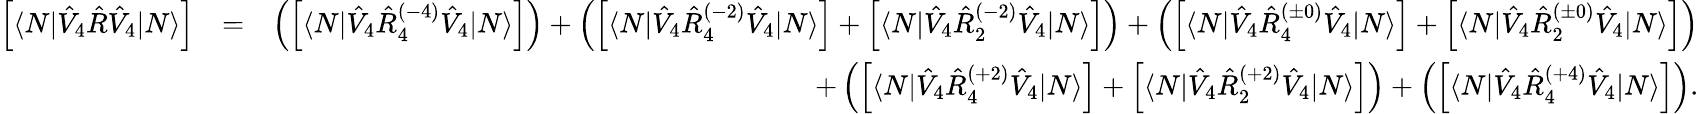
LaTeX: \begin{array}{rlr}{\left[\langle N|\hat{V}_{4}\hat{R}\hat{V}_{4}|N\rangle\right]}&{=}&{\left(\left[\langle N|\hat{V}_{4}\hat{R}_{4}^{(-4)}\hat{V}_{4}|N\rangle\right]\right)+\left(\left[\langle N|\hat{V}_{4}\hat{R}_{4}^{(-2)}\hat{V}_{4}|N\rangle\right]+\left[\langle N|\hat{V}_{4}\hat{R}_{2}^{(-2)}\hat{V}_{4}|N\rangle\right]\right)+\left(\left[\langle N|\hat{V}_{4}\hat{R}_{4}^{(\pm 0)}\hat{V}_{4}|N\rangle\right]+\left[\langle N|\hat{V}_{4}\hat{R}_{2}^{(\pm 0)}\hat{V}_{4}|N\rangle\right]\right)}\\ &{}&{+\left(\left[\langle N|\hat{V}_{4}\hat{R}_{4}^{(+2)}\hat{V}_{4}|N\rangle\right]+\left[\langle N|\hat{V}_{4}\hat{R}_{2}^{(+2)}\hat{V}_{4}|N\rangle\right]\right)+\left(\left[\langle N|\hat{V}_{4}\hat{R}_{4}^{(+4)}\hat{V}_{4}|N\rangle\right]\right).}\end{array}